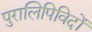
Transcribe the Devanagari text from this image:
पुरालिपिविदों